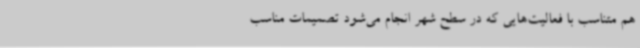
هم متناسب با فعالیت‌هایی که در سطح شهر انجام می‌شود تصمیمات مناسب